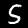
Digit: 5